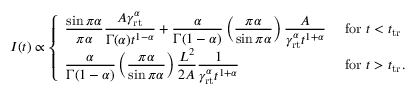
\begin{array} { r } { I ( t ) \propto \left\{ \begin{array} { l l } { \displaystyle \frac { \sin \pi \alpha } { \pi \alpha } \frac { A \gamma _ { \mathrm { r t } } ^ { \alpha } } { \Gamma ( \alpha ) t ^ { 1 - \alpha } } + \frac { \alpha } { \Gamma ( 1 - \alpha ) } \left( \frac { \pi \alpha } { \sin \pi \alpha } \right) \frac { A } { \gamma _ { \mathrm { r t } } ^ { \alpha } t ^ { 1 + \alpha } } } & { \mathrm { ~ f o r ~ } t < t _ { \mathrm { t r } } } \\ { \displaystyle \frac { \alpha } { \Gamma ( 1 - \alpha ) } \left( \frac { \pi \alpha } { \sin \pi \alpha } \right) \frac { L ^ { 2 } } { 2 A } \frac { 1 } { \gamma _ { \mathrm { r t } } ^ { \alpha } t ^ { 1 + \alpha } } } & { \mathrm { ~ f o r ~ } t > t _ { \mathrm { t r } } . } \end{array} \right. } \end{array}